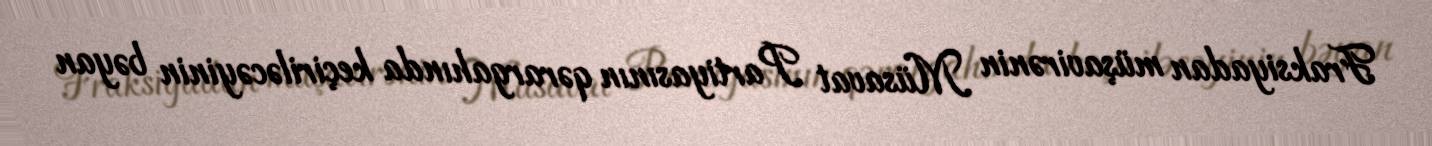
Fraksiyadan müşavirənin Müsavat Partiyasının qərargahında keçiriləcəyinin bəyan